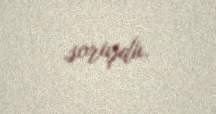
soruşdu.